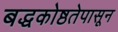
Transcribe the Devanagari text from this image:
बद्धकोष्ठतेपासून